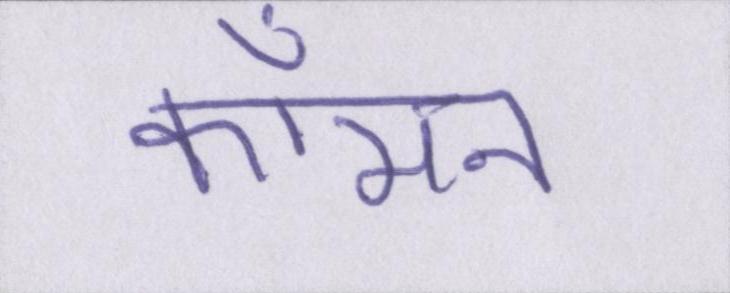
कॉमन